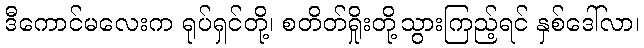
ဒီကောင်မလေးက ရုပ်ရှင်တို့၊ စတိတ်ရှိုးတို့သွားကြည့်ရင် နှစ်ဒေါ်လာ၊